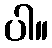
ပါ။